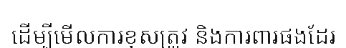
ដើម្បីមើលការខុសត្រូវ និងការពារផងដែរ